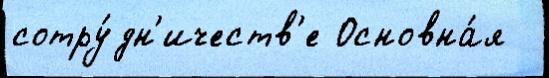
сотру́дн'ичеств'е Основна́я